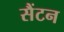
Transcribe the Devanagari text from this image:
सैंटन